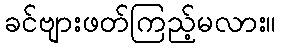
ခင်ဗျားဖတ်ကြည့်မလား။